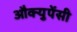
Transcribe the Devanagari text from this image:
औक्युपेंसी